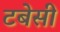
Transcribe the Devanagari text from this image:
टबेसी